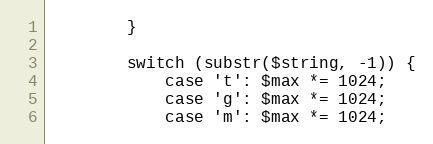
Language: PHP
        }

        switch (substr($string, -1)) {
            case 't': $max *= 1024;
            case 'g': $max *= 1024;
            case 'm': $max *= 1024;